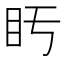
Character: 𥃳